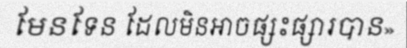
មែនទែន ដែលមិនអាចផ្សះផ្សារបាន»